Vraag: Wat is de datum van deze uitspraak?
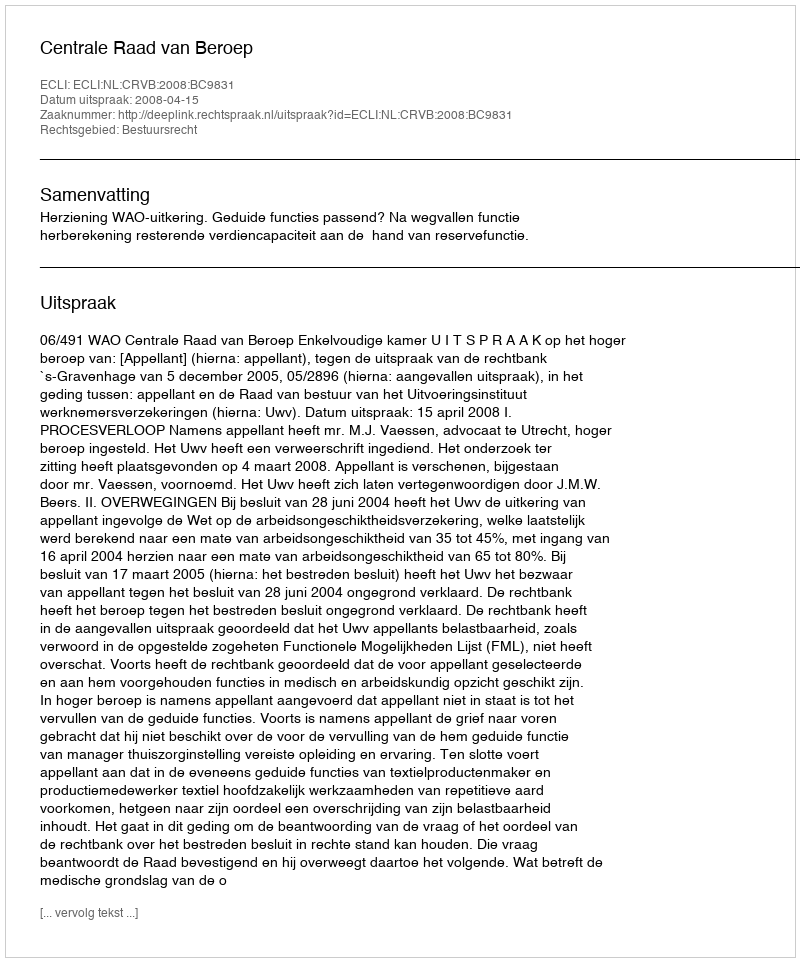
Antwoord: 2008-04-15